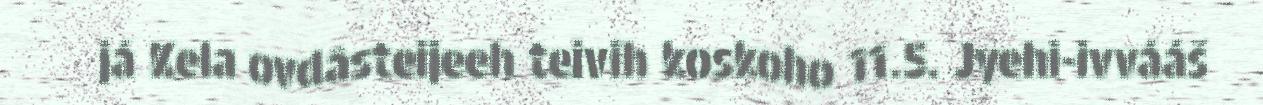
já Kela ovdâsteijeeh teivih koskoho 11.5. Jyehi-ivvááš